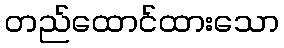
တည်ထောင်ထားသော